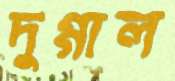
দুগ্গাল